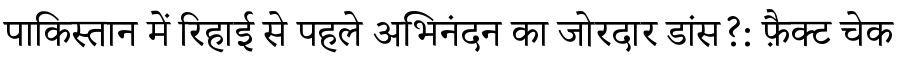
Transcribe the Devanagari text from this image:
पाकिस्तान में रिहाई से पहले अभिनंदन का जोरदार डांस?: फ़ैक्ट चेक